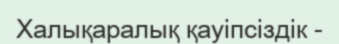
Халықаралық қауiпсiздiк -